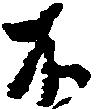
不